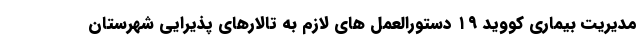
مدیریت بیماری کووید ۱۹ دستورالعمل های لازم به تالارهای پذیرایی شهرستان